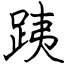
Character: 跠